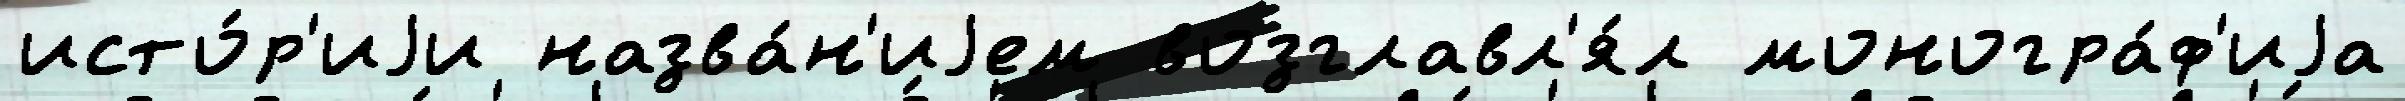
исто́р'иjи назва́н'иjем возглавл'я́л моногра́ф'иjа